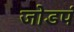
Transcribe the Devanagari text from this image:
जोडपं